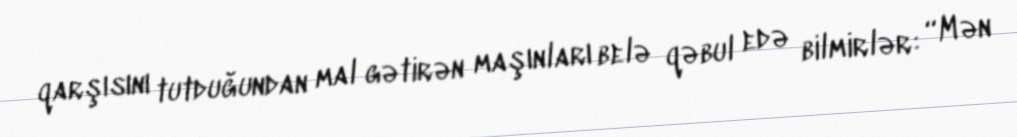
qarşısını tutduğundan mal gətirən maşınları belə qəbul edə bilmirlər: “Mən